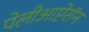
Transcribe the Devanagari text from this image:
पेलीआप्टेरॉन